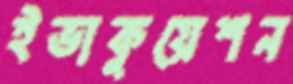
ইভাকুয়েশন